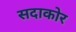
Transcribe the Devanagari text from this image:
सदाकोर